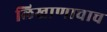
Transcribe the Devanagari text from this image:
लिखाणाचाच